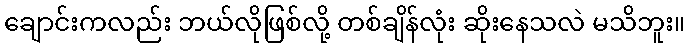
ချောင်းကလည်း ဘယ်လိုဖြစ်လို့ တစ်ချိန်လုံး ဆိုးနေသလဲ မသိဘူး။